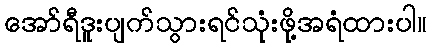
အော်ရီဒူးပျက်သွားရင်သုံးဖို့အရံထားပါ။